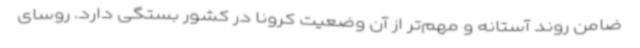
ضامن روند آستانه و مهم‌تر از آن وضعیت کرونا در کشور بستگی دارد. روسای